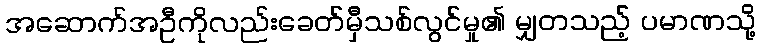
အဆောက်အဦကိုလည်းခေတ်မှီသစ်လွင်မှု၏ မျှတသည့် ပမာဏသို့